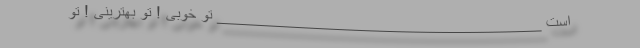
است ____________________________________ تو خوبی ! تو بهترینی ! تو